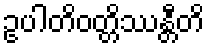
ဥပါတိဝတ္တိဿန္တီတိ